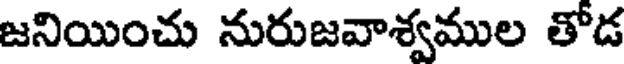
జనియించు నురుజవాశ్వముల తోడ